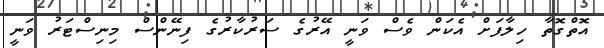
އޮތްގޮތާ ހިލާފަށް އެކަން ވެސް ވަނީ އޭރުގެ ސަރުކާރުގެ ފިނޭންސް މިނިސްޓަރު ވަނީ